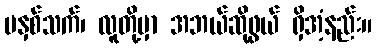
မနှစ်သက်၊ လူတို့မှာ အဘယ်ဆိုဖွယ် ရှိအံ့နည်း။